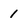
Character: 1